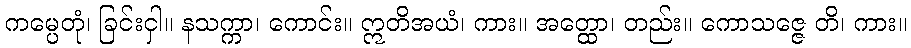
ကမ္ပေတုံ၊ ခြင်းငှါ။ နသက္ကာ၊ ကောင်း။ ဣတိအယံ၊ ကား။ အတ္ထော၊ တည်း။ ကောသဇ္ဇေ တိ၊ ကား။